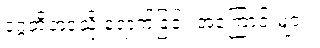
ဒုဂ္ဂတိဘဝသို့ ရောက်ခြင်း အကြောင်းများ။